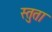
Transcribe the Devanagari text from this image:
स्तुता